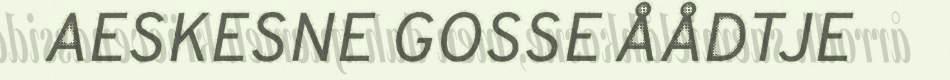
AESKESNE GOSSE ÅÅDTJE